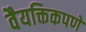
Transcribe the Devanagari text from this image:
वैयक्तिकपणे